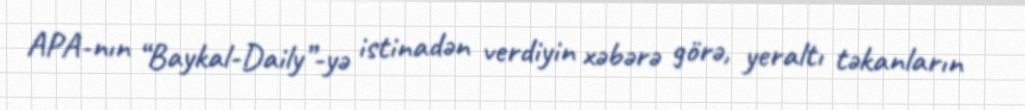
APA-nın “Baykal-Daily”-yə istinadən verdiyin xəbərə görə, yeraltı təkanların